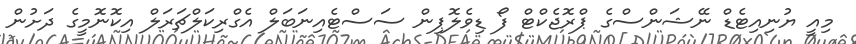
މިއީ ޔުނިއިޓެޑް ނޭޝަންސްގެ ޕްރޮޖެކްޓް ފޯ ޑިވެލޮޕިން ސަސްޓެއިނަަބަލް އެގްރިކަލްޗަރަލް އިކޮނޮމީގެ ދަށުން